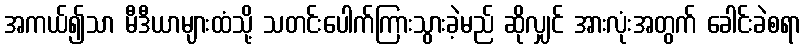
အကယ်၍သာ မီဒီယာများထံသို့ သတင်းပေါက်ကြားသွားခဲ့မည် ဆိုလျှင် အားလုံးအတွက် ခေါင်းခဲစရာ